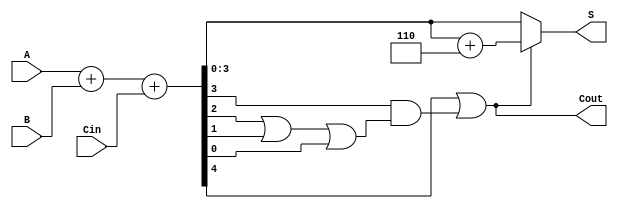
module BCD_Adder (
    input  wire [3:0] A,      // First BCD operand
    input  wire [3:0] B,      // Second BCD operand
    input  wire Cin,           // Carry-in
    output wire [3:0] S,      // BCD sum output
    output wire Cout           // Carry-out
);
    
    wire [4:0] Sum;           // Internal 5-bit sum
    wire Correction;           // Correction signal

    // Binary addition of A, B, and Cin
    assign Sum = A + B + Cin;

    // BCD correction logic
    assign Correction = Sum[4] | (Sum[3] & (Sum[2] | Sum[1] | Sum[0]));
    
    // Output assign for S and Cout
    assign Cout = Correction;
    assign S = Correction ? (Sum + 5'd6) : Sum[3:0];

endmodule